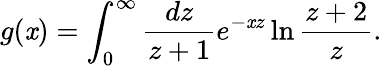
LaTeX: g(\mathit{x})=\int_{0}^{\infty}\frac{{dz}}{{z+1}}e^{-\mathit{x}z}\ln\frac{{z+2}}{z}.